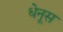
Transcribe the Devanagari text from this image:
धेनूस